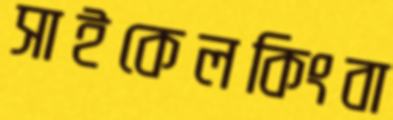
সাইকেলকিংবা